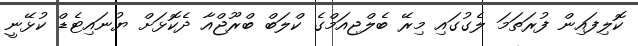
ކޮލިފައިން ފުރަތަމަ ލެގުގައި މިރޭ ބެލްޖިއަމްގެ ކްލަބް ބްރޫޖްއާ ދެކޮޅަށް ޔުނައިޓެޑް ކުޅޭނީ